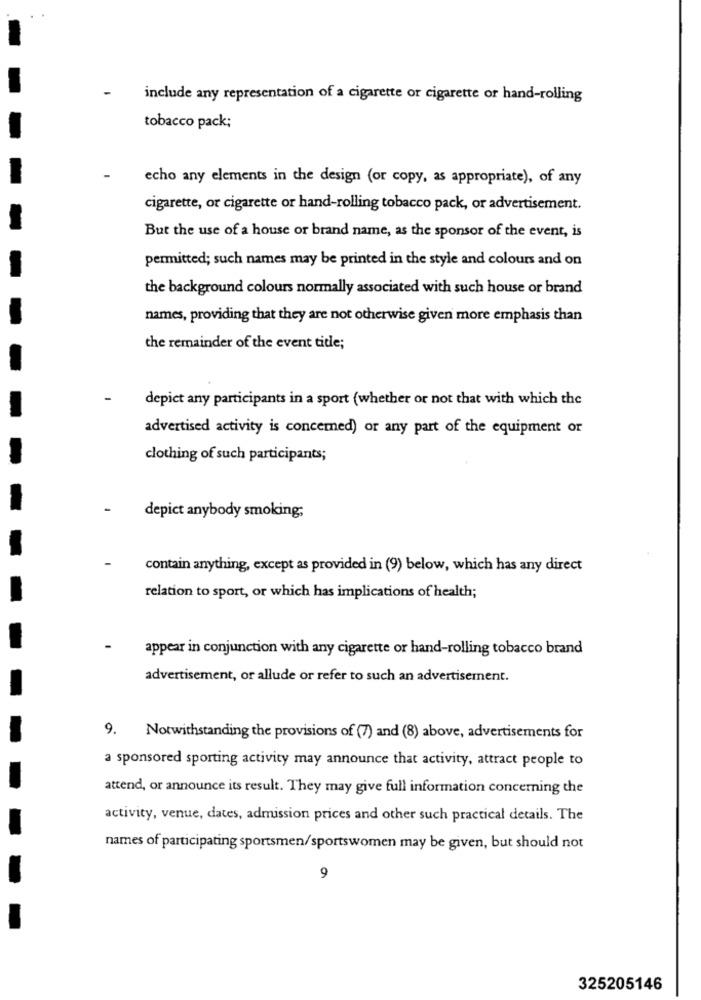
include any representation of a cigarette or cigarette or hand-rolling
tobacco pack;
echo any elements in the design (or copy, as appropriate), of any
cigarette, or cigarette or hand-rolling tobacco pack, or advertisement.
But the use of a house or brand name, as the sponsor of the event, is
permitted; such names may be printed in the style and colours and on
the background colours normally associated with such house or brand
names, providing that they are not otherwise given more emphasis than
the remainder of the event title;
depict any participants in a sport (whether or not that with which the
advertised activity is concemed) or any part of the equipment or
clothing of such participants;
depict anybody smoking;
contain anything, except as provided in (9) below, which has any direct
relation to sport, or which has implications of health;
appear in conjunction with any cigarette or hand-rolling tobacco brand
advertisement, or allude or refer to such an advertisement.
9. Notwithstanding the provisions of (7) and (8) above, advertisements for
a sponsored sporting activity may announce that activity, attract people to
attend, or announce its result. They may give full information concerning the
activity, venue, dates, admission prices and other such practical details. The
names of participating sportsmen/sportswomen may be given, but should not
9
325205146